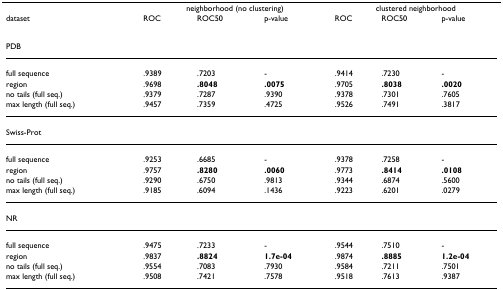
<table><thead><tr><td></td><td colspan="3"><b>neighborhood (no clustering)</b></td><td colspan="3"><b>clustered neighborhood</b></td></tr><tr><td><b>dataset</b></td><td><b>ROC</b></td><td><b>ROC50</b></td><td><b>p-value</b></td><td><b>ROC</b></td><td><b>ROC50</b></td><td><b>p-value</b></td></tr></thead><tbody><tr><td>PDB</td><td></td><td></td><td></td><td></td><td></td><td></td></tr><tr><td>full sequence</td><td>.9389</td><td>.7203</td><td>-</td><td>.9414</td><td>.7230</td><td>-</td></tr><tr><td>region</td><td>.9698</td><td><b>.8048</b></td><td><b>.0075</b></td><td>.9705</td><td><b>.8038</b></td><td><b>.0020</b></td></tr><tr><td>no tails (full seq.)</td><td>.9379</td><td>.7287</td><td>.9390</td><td>.9378</td><td>.7301</td><td>.7605</td></tr><tr><td>max length (full seq.)</td><td>.9457</td><td>.7359</td><td>.4725</td><td>.9526</td><td>.7491</td><td>.3817</td></tr><tr><td>Swiss-Prot</td><td></td><td></td><td></td><td></td><td></td><td></td></tr><tr><td>full sequence</td><td>.9253</td><td>.6685</td><td>-</td><td>.9378</td><td>.7258</td><td>-</td></tr><tr><td>region</td><td>.9757</td><td><b>.8280</b></td><td><b>.0060</b></td><td>.9773</td><td><b>.8414</b></td><td><b>.0108</b></td></tr><tr><td>no tails (full seq.)</td><td>.9290</td><td>.6750</td><td>.9813</td><td>.9344</td><td>.6874</td><td>.5600</td></tr><tr><td>max length (full seq.)</td><td>.9185</td><td>.6094</td><td>.1436</td><td>.9223</td><td>.6201</td><td>.0279</td></tr><tr><td>NR</td><td></td><td></td><td></td><td></td><td></td><td></td></tr><tr><td>full sequence</td><td>.9475</td><td>.7233</td><td>-</td><td>.9544</td><td>.7510</td><td>-</td></tr><tr><td>region</td><td>.9837</td><td><b>.8824</b></td><td><b>1.7e-04</b></td><td>.9874</td><td><b>.8885</b></td><td><b>1.2e-04</b></td></tr><tr><td>no tails (full seq.)</td><td>.9554</td><td>.7083</td><td>.7930</td><td>.9584</td><td>.7211</td><td>.7501</td></tr><tr><td>max length (full seq.)</td><td>.9508</td><td>.7421</td><td>.7578</td><td>.9518</td><td>.7613</td><td>.9387</td></tr></tbody></table>